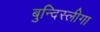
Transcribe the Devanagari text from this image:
बुन्दिस्लीगा